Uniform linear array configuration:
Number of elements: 12
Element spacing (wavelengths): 0.5
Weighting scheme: binomial
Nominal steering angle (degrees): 15
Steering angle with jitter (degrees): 16.676
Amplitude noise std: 0.05
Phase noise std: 0.05

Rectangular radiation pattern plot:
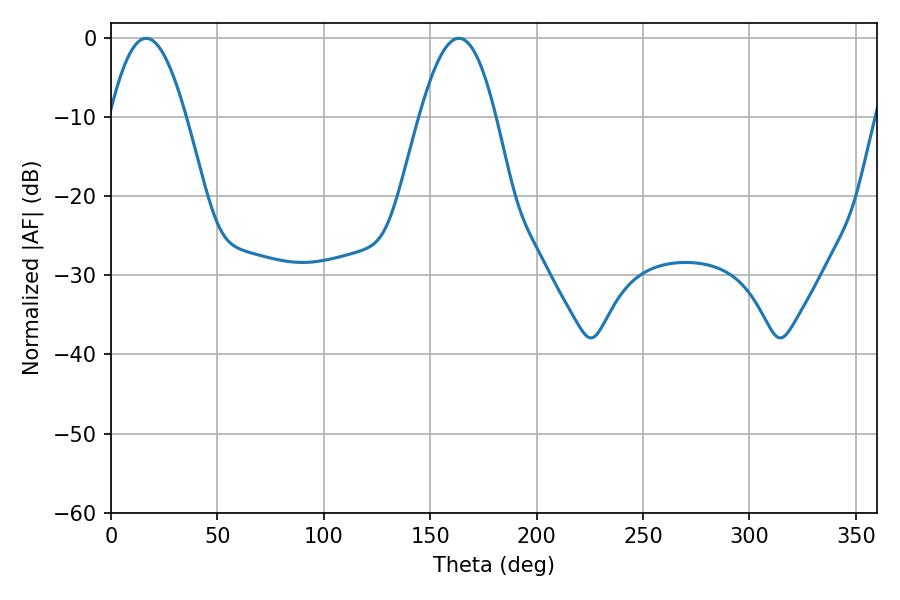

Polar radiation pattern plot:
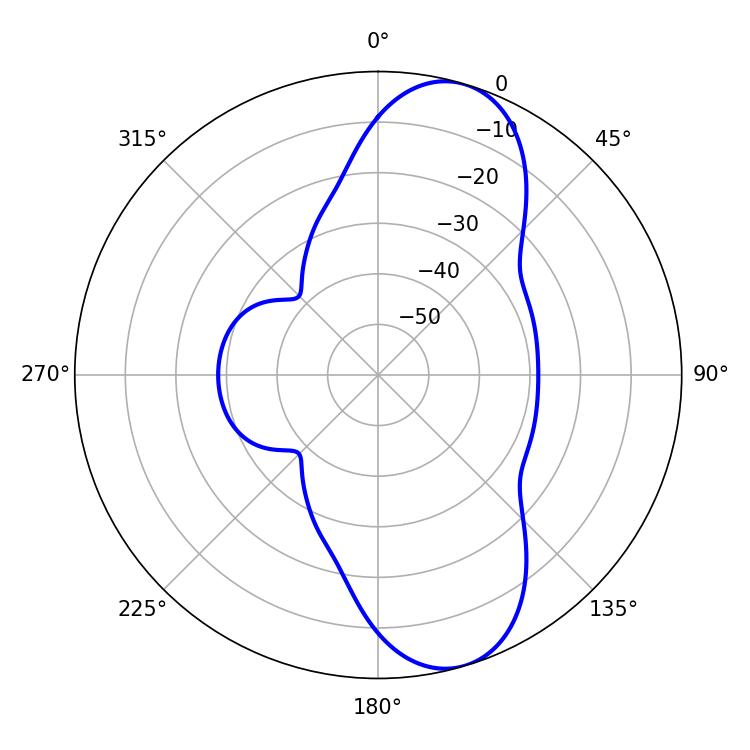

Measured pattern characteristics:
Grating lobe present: FALSE
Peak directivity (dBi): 9.705
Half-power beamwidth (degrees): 19.44
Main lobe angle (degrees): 16.56